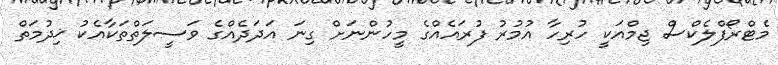
މެޓްރޯފްލެކްސް ޖިމްއަކީ ހުރިހާ އުމުރު ފުރައެއްގެ މީހުންނަށް ގިނަ އަދަދެއްގެ ވަސީލަތްތަކާއެކު ޚިދުމަތް